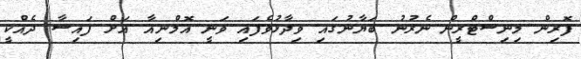
ފޮރިން މިނިސްޓްރީން ނެރުނު ބަޔާނުގައި ވިދާޅުވެފައި ވަނީ އޮމްނިއާ އަށް ފައިސާ ދެއްކީ